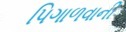
પિગાળવાની